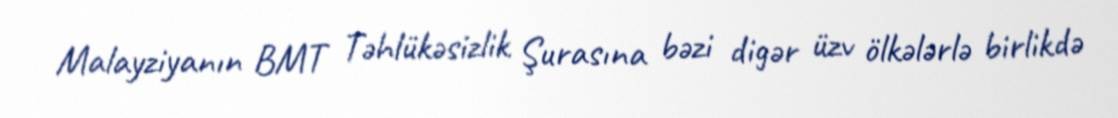
Malayziyanın BMT Təhlükəsizlik Şurasına bəzi digər üzv ölkələrlə birlikdə